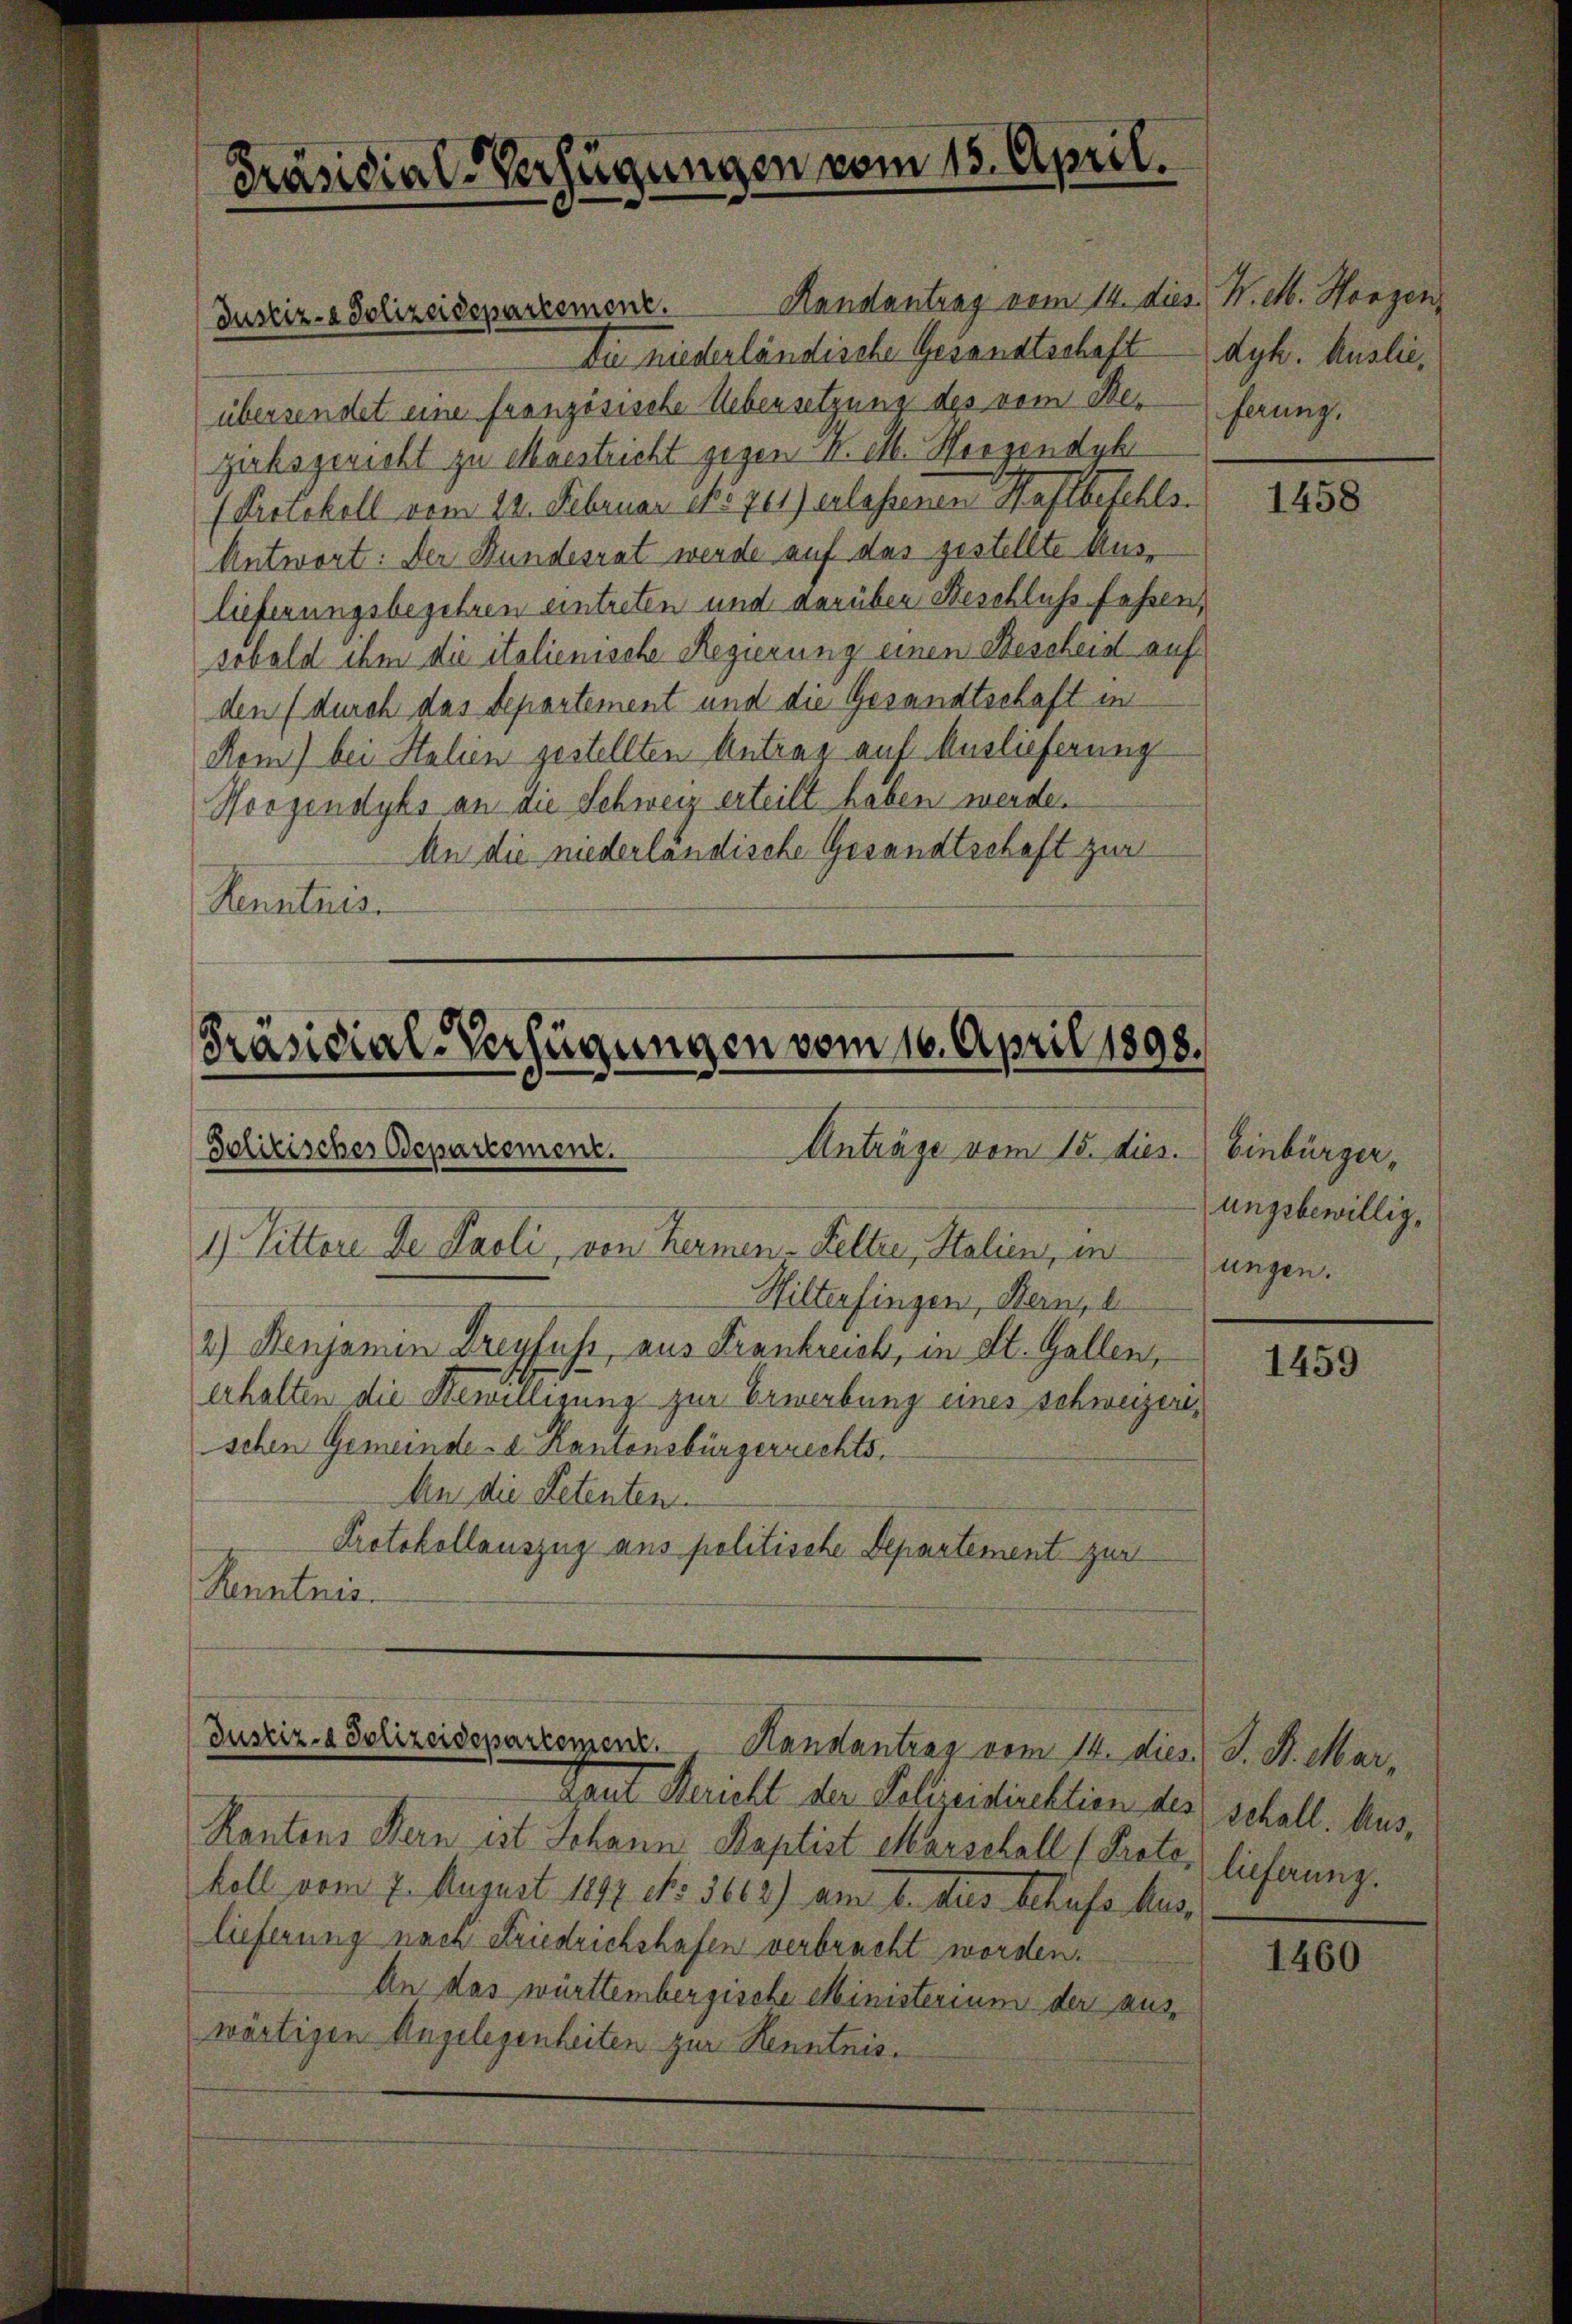
Präsidial-Verfügungen vom 15. April.

Handantrag vom 14. dies N. M. Horgen
Die niederländische Gesandtschaft dyh. Auslie,
übersendet eine französische Uebersetzung des vom Referung.
zuksgericht zu Maustricht gegen K. M. Herzendyk
(Protokoll vom 12. Februar No 711) erlassenen Haftbefehls.
Antwort: Der Bundesrat werde auf das gestellte Auslieferungsbegehren eintreten und darüber Beschluss fassen,
sobald ihm die italienische Regierung einen Bescheid auf
den (durch das Departement und die Gesandtschaft in
Rem) bei Stalien gestellten Antrag auf Auslieferung
Horgendybs an die Schweiz erteilt haben werde.
An die niederländische Gesandtschaft zur
Kenntnis

Justiz-a Polizeidepartement.

Präsidial-Verfügungen vom 16. April 1898.
Solitisches Departement.
Anträge vom 15. dies.
1) Vittore de Paoli, von Kermen-Kelter, Stalien, in

Wiltersingen, Bern, e
2) enjamin Dreyfuss, aus Frankreich, in St. Gallen,
erhalten die Bewilligung zur Erwerbung eines Schweizerischen Gemeinde- & Kantonsbürgerrechts¬
An die Petenten.
Protokollauszug aus politische Departement zur
Renntnis.

Justiz- & Polizeidepartement. Handantrag vom 14. dies

Taut Bericht der Pelzeidirektion des schall. Aus¬
Rantons Bern est Johann Baptist Marschall (Prote, lieferung.
koll vom 7. August 1897 No 3668) am 6. dies behufs Auslieferung nach Friedrichshafen verbracht worden.
An das württembergische Ministerium der auswärtigen Angelegenheiten zur Kenntnis.

1458

Einbürger,
ungsbewillig.
lungen.

1459

S. S. Mar,

1460